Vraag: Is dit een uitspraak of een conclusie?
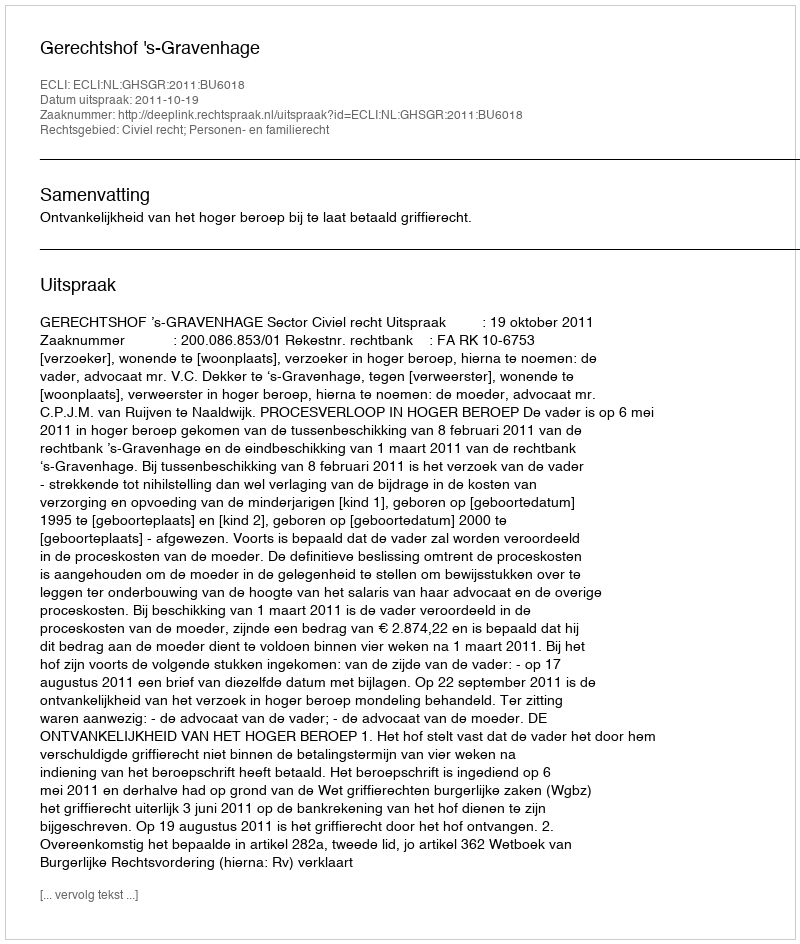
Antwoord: Uitspraak